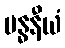
ဗန္ဓနီယံ